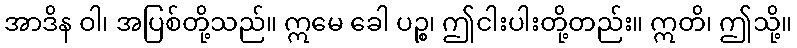
အာဒိန ဝါ၊ အပြစ်တို့သည်။ ဣမေ ခေါ ပဉ္စ၊ ဤငါးပါးတို့တည်း။ ဣတိ၊ ဤသို့။